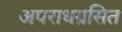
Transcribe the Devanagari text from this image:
अपराधग्रसित